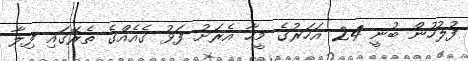
ފުލުހުން ބުނީ 24 އަހަރުގެ މީހާ އެރަށު ފަޅު ގެއެއްގެ ތެރޭގައި ފިލާ